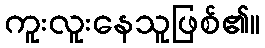
ကူးလူးနေသူဖြစ်၏။